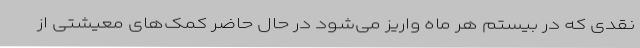
نقدی که در بیستم هر ماه واریز می‌شود در حال حاضر کمک‌های معیشتی از